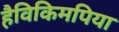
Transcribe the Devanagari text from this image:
हैविकिमपिया